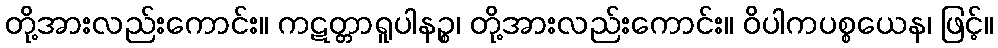
တို့အားလည်းကောင်း။ ကဋတ္တာရူပါနဉ္စ၊ တို့အားလည်းကောင်း။ ဝိပါကပစ္စယေန၊ ဖြင့်။